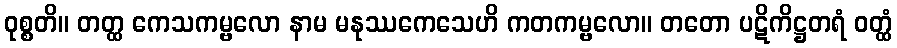
ဝုစ္စတိ။ တတ္ထ ကေသကမ္ဗလော နာမ မနုဿကေသေဟိ ကတကမ္ဗလော။ တတော ပဋိကိဋ္ဌတရံ ဝတ္ထံ